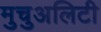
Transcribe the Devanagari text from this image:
मुचुअलिटी